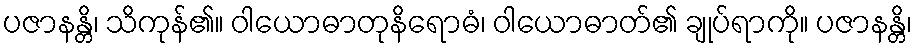
ပဇာနန္တိ၊ သိကုန်၏။ ဝါယောဓာတုနိရောဓံ၊ ဝါယောဓာတ်၏ ချုပ်ရာကို။ ပဇာနန္တိ၊